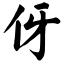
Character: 伢